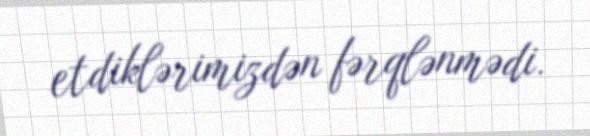
etdiklərimizdən fərqlənmədi.